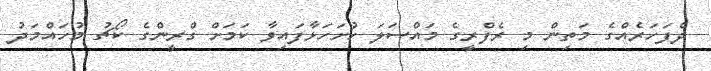
ދެފަހަރެއްގެ މަތިން މި ރެފްރީގެ މައްސަލަ ހުށަހަޅާފައިވާ ކަމަށް ގްރީންގެ ކޯޗު މުހައްމަދު